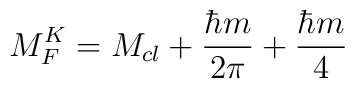
M_{F}^{K}=M_{cl}+\frac{\hbar m}{2\pi }+\frac{\hbar m}{4}